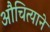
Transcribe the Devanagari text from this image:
औचित्याने